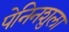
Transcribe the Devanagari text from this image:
पेनिनशुला